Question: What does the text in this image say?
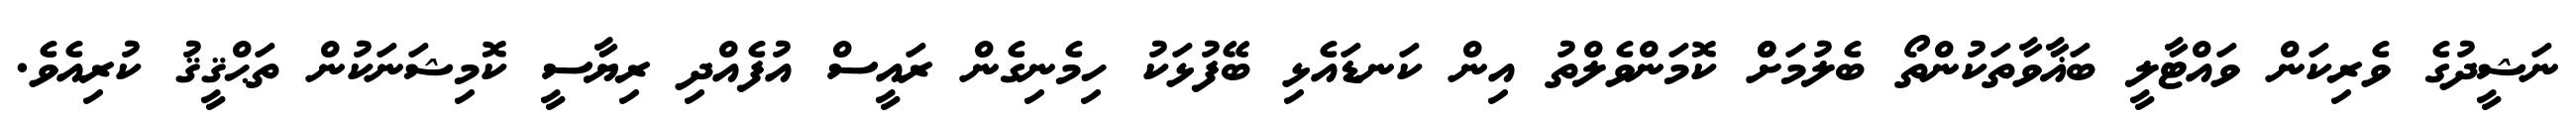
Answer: ނަޝީދުގެ ވެރިކަން ވައްޓާލީ ބަޣާވާތަކުންތޯ ބެލުމަށްް ކޮމަންވެލްތު އިން ކަނޑައެޅި ބޭފުޅަކު ހިމެނިގެން ރައީސް އުފެއްދި ރިޔާސީ ކޮމިޝަނަކުން ތަޙްޤީޤު ކުރިއެވެ.